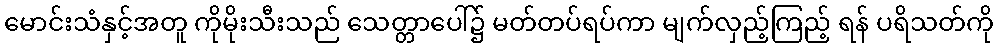
မောင်းသံနှင့်အတူ ကိုမိုးသီးသည် သေတ္တာပေါ်၌ မတ်တပ်ရပ်ကာ မျက်လှည့်ကြည့် ရန် ပရိသတ်ကို